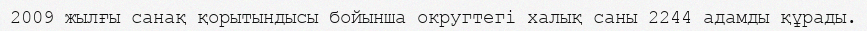
2009 жылғы санақ қорытындысы бойынша округтегі халық саны 2244 адамды құрады.